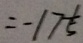
= - 1 7 \frac { 1 } { 5 }